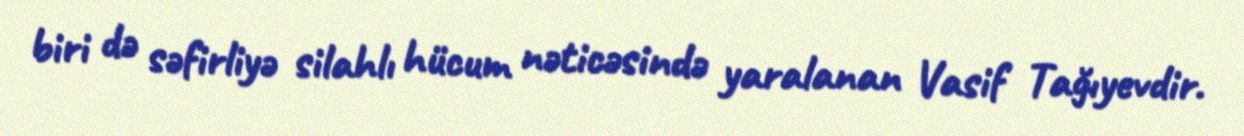
biri də səfirliyə silahlı hücum nəticəsində yaralanan Vasif Tağıyevdir.